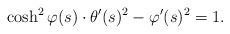
LaTeX: \begin{align*}\cosh^2\varphi(s)\cdot\theta'(s)^2-\varphi'(s)^2=1.\end{align*}